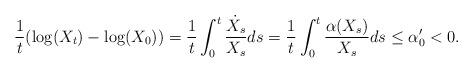
LaTeX: \begin{align*} \frac1t(\log(X_t)-\log(X_0)) &= \frac1t\int_0^t\frac{\dot X_s}{X_s}ds = \frac1t\int_0^t\frac{\alpha(X_s)}{X_s}ds \leq \alpha'_0 < 0. \end{align*}